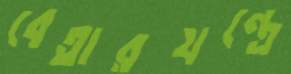
বেতারযন্ত্রে